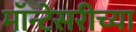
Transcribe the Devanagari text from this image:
मॉन्टेसरीच्या